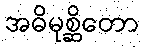
အဓိမုစ္ဆိတော